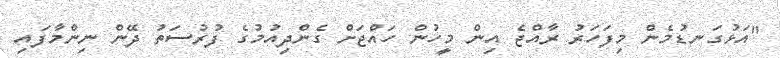
"އަޅުގަނޑުމެން މިފަހަރު ރާއްޖެެ އިން މީހުން ހައްޖަށް ގެންދިއުމުގެ ފުރުސަތު ދޭން ނިންމާފައި